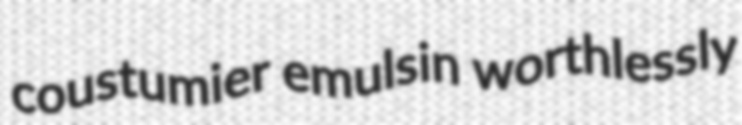
coustumier emulsin worthlessly